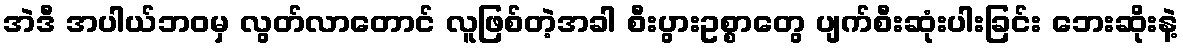
အဲဒီ အပါယ်ဘဝမှ လွတ်လာတောင် လူဖြစ်တဲ့အခါ စီးပွားဥစ္စာတွေ ပျက်စီးဆုံးပါးခြင်း ဘေးဆိုးနဲ့